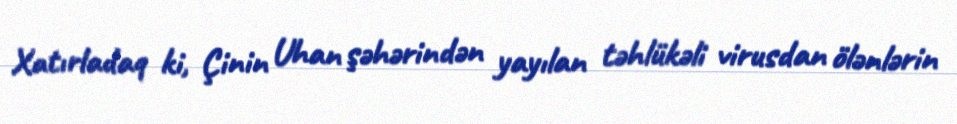
Xatırladaq ki, Çinin Uhan şəhərindən yayılan təhlükəli virusdan ölənlərin